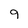
Character: 9